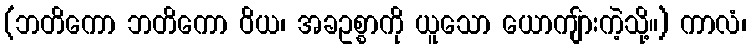
(ဘတိကော ဘတိကော ဝိယ၊ အခဥစ္စာကို ယူသော ယောကျ်ားကဲ့သို့။) ကာလံ၊